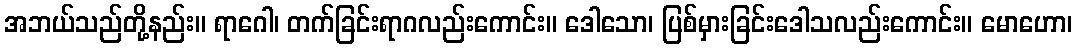
အဘယ်သည်တို့နည်း။ ရာဂေါ၊ တက်ခြင်းရာဂလည်းကောင်း။ ဒေါသော၊ ပြစ်မှားခြင်းဒေါသလည်းကောင်း။ မောဟော၊